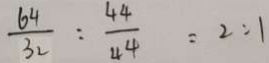
\frac { 6 4 } { 3 2 } : \frac { 4 4 } { 4 4 } = 2 : 1